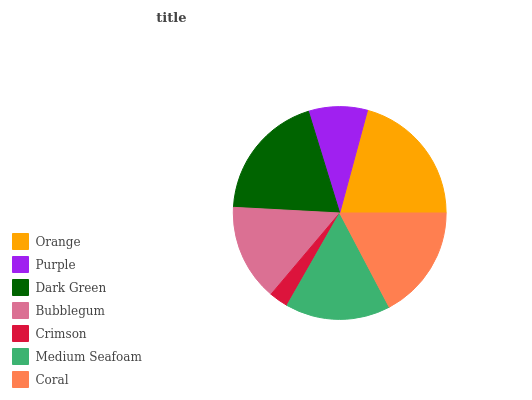
| Orange | Purple | Dark Green | Bubblegum | Crimson | Medium Seafoam | Coral |
 | --- | --- | --- | --- | --- | --- | --- |
 | 20.8% | 8.94% | 19.4% | 14.7% | 2.91% | 15.9% | 17.3% |